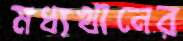
মধ্যখানের